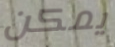
يمكن